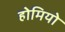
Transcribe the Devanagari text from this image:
होमियो